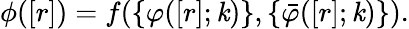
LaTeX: \phi([r])=f(\{ \varphi([r];\mathit{k})\} ,\{ \bar{{\varphi}}([r];\mathit{k})\} ).